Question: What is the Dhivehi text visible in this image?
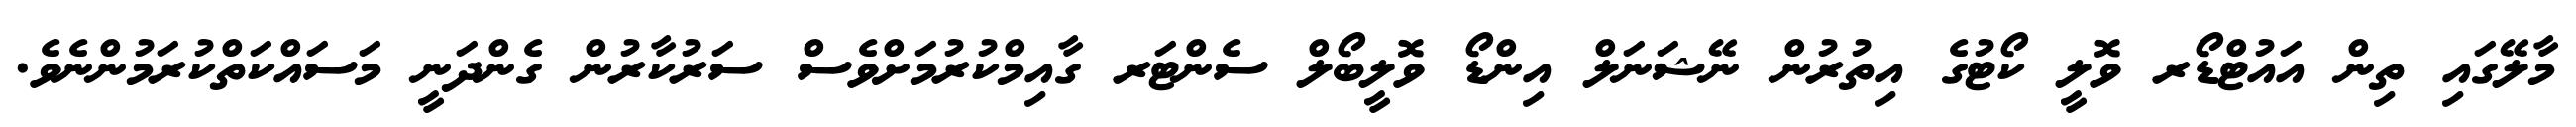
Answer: މާލޭގައި ތިން އައުޓްޑޯރ ވޮލީ ކޯޓުގެ އިތުރުން ނޭޝަނަލް އިންޑޯ ވޮލީބޯލް ސެންޓަރ ގާއިމްކުރުމަށްވެސް ސަރުކާރުން ގެންދަނީ މަސައްކަތްކުރަމުންނެވެ.